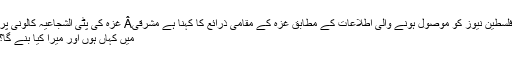
فلسطین نیوز کو موصول ہونے والی اطلاعات کے مطابق غزہ کے مقامی ذرائع کا کہنا ہے مشرقیÂ غزہ کی پٹی الشجاعیہ کالونی پر
میں کہاں ہوں اور میرا کیا بنے گا؟